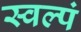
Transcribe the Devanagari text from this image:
स्वल्पं